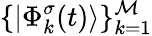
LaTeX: \{ |\Phi_{k}^{\sigma}(t)\rangle\} _{k=1}^{\mathcal{M}}